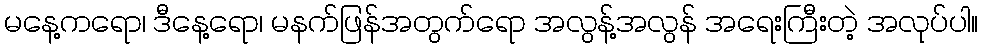
မနေ့ကရော၊ ဒီနေ့ရော၊ မနက်ဖြန်အတွက်ရော အလွန့်အလွန် အရေးကြီးတဲ့ အလုပ်ပါ။